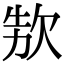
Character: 𣢳